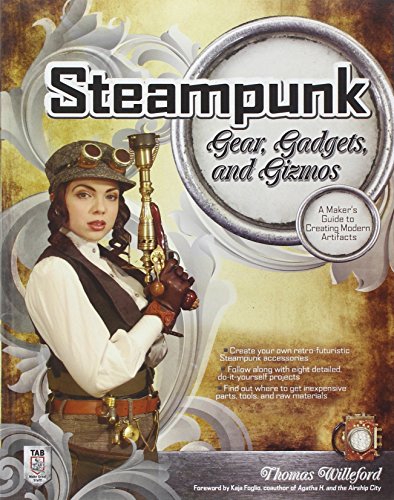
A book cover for Steampunk Gear, Gadgets, and Gizmos: A Maker's Guide to Creating Modern Artifacts; Thomas Willeford; Science Fiction & Fantasy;